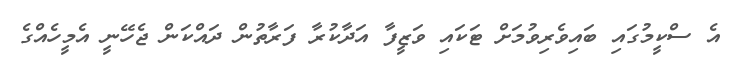
އެ ސްކީމުގައި ބައިވެރިވުމަށް ޓަކައި ވަޒީފާ އަދާކުރާ ފަރާތުން ދައްކަން ޖެހޭނީ އެމީހެއްގެ